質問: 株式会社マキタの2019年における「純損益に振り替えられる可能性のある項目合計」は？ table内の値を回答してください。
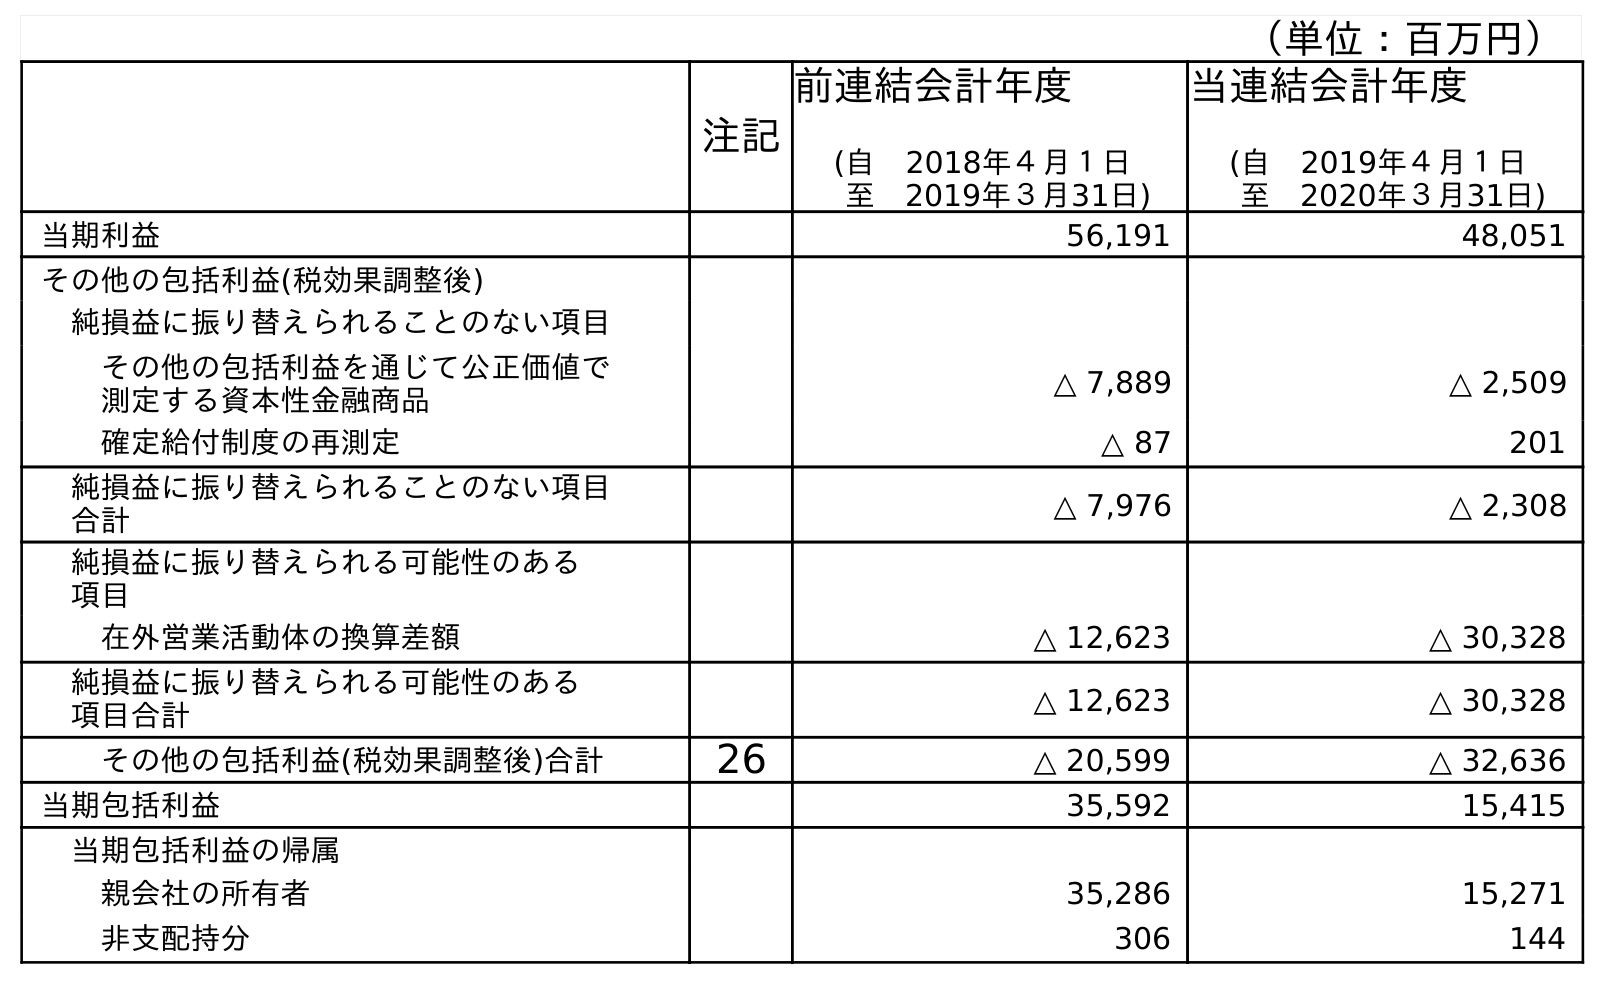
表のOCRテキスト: （単位：百万円） 注記 前連結会計年度 (自 2018年４月１日 至 2019年３月31日) 当連結会計年度 (自 2019年４月１日 至 2020年３月31日) 当期利益 56,191 48,051 その他の包括利益(税効果調整後) 純損益に振り替えられることのない項目 その他の包括利益を通じて公正価値で 測定する資本性金融商品 △ 7,889 △ 2,509 確定給付制度の再測定 △ 87 201 純損益に振り替えられることのない項目 合計 △ 7,976 △ 2,308 純損益に振り替えられる可能性のある 項目 在外営業活動体の換算差額 △ 12,623 △ 30,328 純損益に振り替えられる可能性のある 項目合計 △ 12,623 △ 30,328 その他の包括利益(税効果調整後)合計 26 △ 20,599 △ 32,636 当期包括利益 35,592 15,415 当期包括利益の帰属 親会社の所有者 35,286 15,271 非支配持分 306 144
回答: △12,623